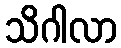
သိဂါလာ